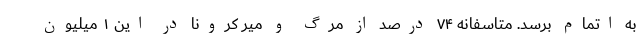
به اتمام برسد. متاسفانه ۷۴ درصد از مرگ و میر کرونا در این ۱ میلیون